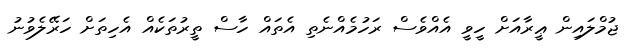
ޖުމްލައިން ޢީރާއަށް ހީވީ އެއްވެސް ރަހުމެއްނެތި އެތައް ހާސް ތީރުތަކެއް އެހިތަށް ހަރޭލެވުނު